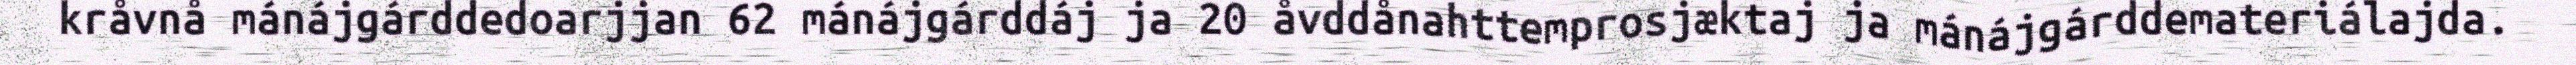
kråvnå mánájgárddedoarjjan 62 mánájgárddáj ja 20 åvddånahttemprosjæktaj ja mánájgárddemateriálajda.